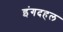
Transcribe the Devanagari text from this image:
इंगदहल